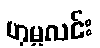
ဟုမ္မလင်း